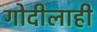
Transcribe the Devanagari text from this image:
गोदीलाही